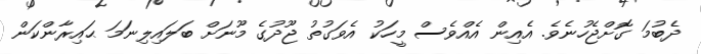
ދެބުމަ ގޮށްޖެހުނެވެ. އެއިން އެއްވެސް މީހަކު އެވަގުތު ޖޫދުގެ މޫނަށް ބަލައިލިނަމަ ޙައިރާންކަން